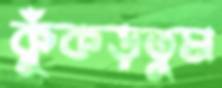
কুঁকড়তুম